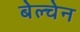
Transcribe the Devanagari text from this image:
बेल्चेन